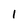
Character: 1